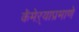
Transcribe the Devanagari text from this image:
कॅमेऱ्याप्रमाणे